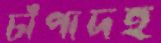
চাঁপাদহ